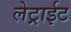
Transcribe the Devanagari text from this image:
लेट्राईट